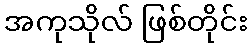
အကုသိုလ် ဖြစ်တိုင်း